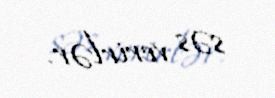
səs verirlər.